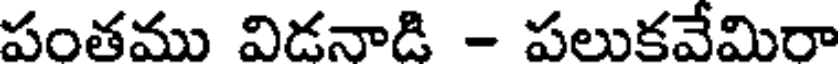
పంతము విడనాడి - పలుకవేమిరా